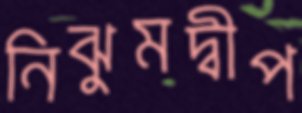
নিঝুমদ্বীপ